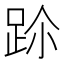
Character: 𨀀